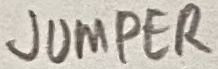
Text: JUMPER